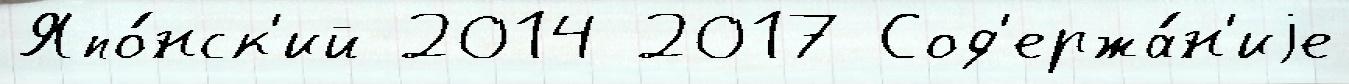
Япо́нск'ий 2014 2017 Сод'ержа́н'иjе